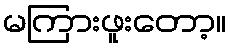
မကြားဖူးတော့။